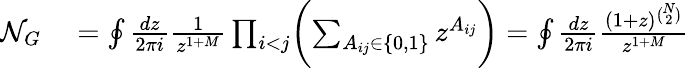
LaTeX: \begin{array}{rl}{\mathcal{N}_{G}}&{{}=\oint\frac{dz}{2\pi i}\frac{1}{z^{1+M}}\prod_{i<j}\biggl(\sum_{A_{ij}\in\{ 0,1\} }z^{A_{ij}}\biggr)=\oint\frac{dz}{2\pi i}\frac{(1+z)^{\binom{N}{2}}}{z^{1+M}}}\end{array}